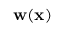
\mathbf { w } ( \mathbf { x } )